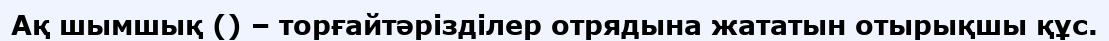
Ақ шымшық () – торғайтәрізділер отрядына жататын отырықшы құс.